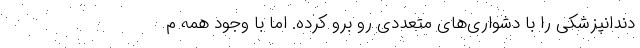
دندانپزشکی را با دشواری‌های متعددی رو برو کرده. اما با وجود همه م